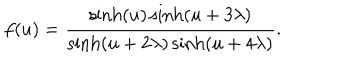
LaTeX: f ( u ) = \frac { \sinh ( u ) \sinh ( u + 3 \lambda ) } { \sinh ( u + 2 \lambda ) \sinh ( u + 4 \lambda ) } .